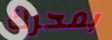
بمحرك